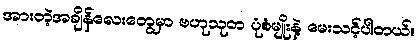
အားတဲ့အချိန်လေးတွေမှာ ဗဟုသုတ ပုံစံမျိုးနဲ့ မေးသင့်ပါတယ်။